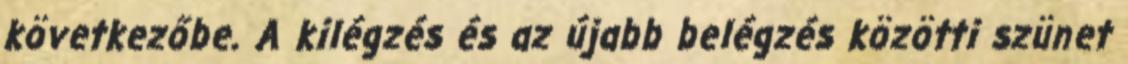
következőbe. A kilégzés és az újabb belégzés közötti szünet